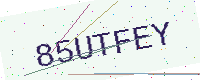
Text: 85UTFEY